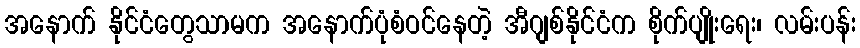
အနောက် နိုင်ငံတွေသာမက အနောက်ပုံစံဝင်နေတဲ့ အီဂျစ်နိုင်ငံက စိုက်ပျိုးရေး၊ လမ်းပန်း